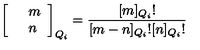
\left[ \begin{array} { c l c r } { } & { m } \\ { } & { n } \\ \end{array} \right] _ { Q _ { i } } = \frac { \lbrack m \rbrack _ { Q _ { i } } ! } { \lbrack m - n \rbrack _ { Q _ { i } } ! \lbrack n \rbrack _ { Q _ { i } } ! }